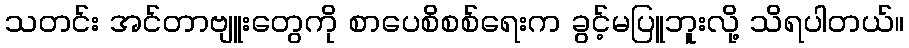
သတင်း အင်တာဗျူးတွေကို စာပေစိစစ်ရေးက ခွင့်မပြူဘူးလို့ သိရပါတယ်။